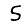
Digit: 5